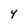
Character: Y